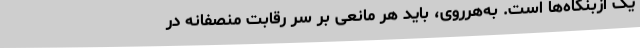
یک ازبنگاه‌ها است. به‌هرروی، باید هر مانعی بر سر رقابت منصفانه در